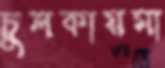
চুলকায়মা